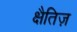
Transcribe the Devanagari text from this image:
क्षैतिज़